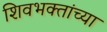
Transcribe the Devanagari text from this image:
शिवभक्तांच्या